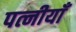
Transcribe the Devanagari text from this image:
पत्नीयाँ